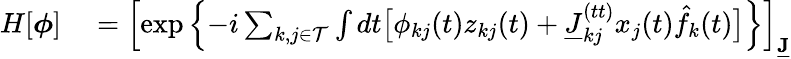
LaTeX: \begin{array}{rl}{H[\boldsymbol{\phi}]}&{{}=\left[\exp\left\{ -i\sum_{k,j\in\mathcal{T}}\int dt\big[\phi_{kj}(t)z_{kj}(t)+\underline{{J}}_{kj}^{(tt)}x_{j}(t)\hat{f}_{k}(t)\big]\right\} \right]_{\underline{{\mathbf{J}}}}}\end{array}